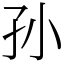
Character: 孙